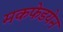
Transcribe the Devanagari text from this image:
मकफेडयेन